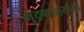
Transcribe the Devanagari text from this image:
मुद्रणालयाला